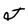
Character: J